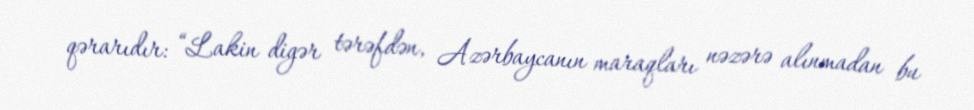
qərarıdır: “Lakin digər tərəfdən, Azərbaycanın maraqları nəzərə alınmadan bu